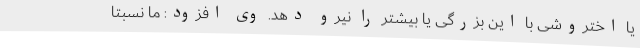
یا اختروشی با این بزرگی یا بیشتر را نیرو دهد. وی افزود: ما نسبتاً